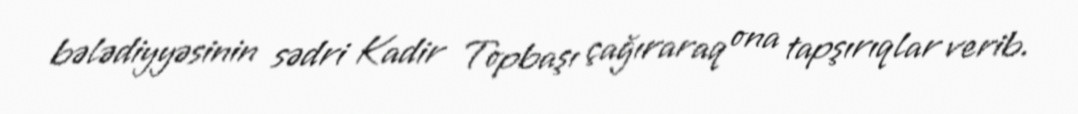
bələdiyyəsinin sədri Kadir Topbaşı çağıraraq ona tapşırıqlar verib.